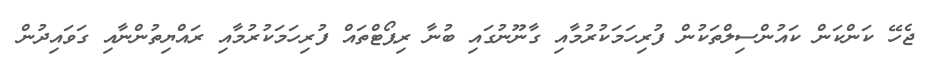
ޖެހޭ ކަންކަން ކައުންސިލްތަކުން ފުރިހަމަކުރުމާއި ގާނޫނުގައި ބުނާ ރިޕޯޓްތައް ފުރިހަމަކުރުމާއި ރައްޔިތުންނާއި ގަވައިދުން